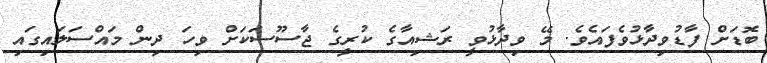
ބޮޑަށް ފާޑުވިދާޅުވެފައެވެ. މޭ ވިދާޅުވީ ރަޝިއާގެ ކުރީގެ ޖާސޫސަކަށް ވިހަ ދިން މައްސަލައިގައި